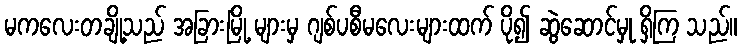
မကလေးတချို့သည် အခြားမြို့ များမှ ဂျစ်ပစီမလေးများထက် ပို၍ ဆွဲဆောင်မှု ရှိကြ သည်။